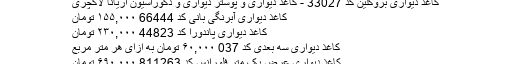
کاغذ دیواری بروکلین کد 33027 - کاغذ دیواری و پوستر دیواری و دکوراسیون آریانا لاکچری
کاغذ دیواری آبرنگی بانی کد 66444 ۱۵۵,۰۰۰ تومان
کاغذ دیواری پاندورا کد 44823 ۲۳۰,۰۰۰ تومان
کاغذ دیواری سه بعدی کد 037 ۶۰,۰۰۰ تومان به ازای هر متر مربع
کاغذ دیواری عرض یک متر فلورانس کد 811263 ۶۹۰,۰۰۰ تومان